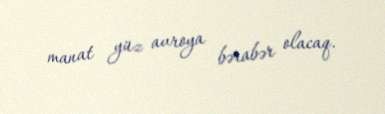
manat yüz avroya bərabər olacaq.